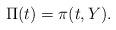
LaTeX: \begin{align*}\Pi(t)=\pi(t,Y).\end{align*}